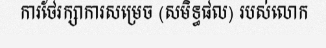
ការថែរក្សាការសម្រេច (សមិទ្ធផល) របស់លោក